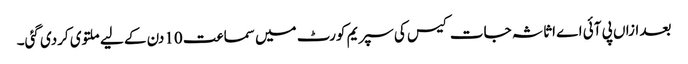
بعد ازاں پی آئی اے اثاثہ جات کیس کی سپریم کورٹ میں سماعت 10دن کے لیے ملتوی کردی گئی۔